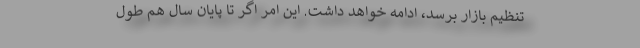
تنظیم بازار برسد، ادامه خواهد داشت. این امر اگر تا پایان سال هم طول